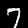
Digit: 7